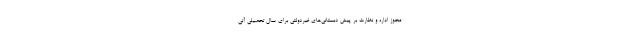
مجوز اداره و نظارت بر پیش دبستانی‌های غیردولتی برای سال تحصیلی آتی